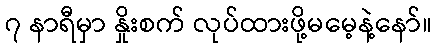
၇ နာရီမှာ နှိုးစက် လုပ်ထားဖို့မမေ့နဲ့နော်။